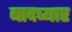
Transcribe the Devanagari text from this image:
बादप्यार